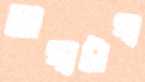
ভাগ্যটাগ্য